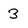
Character: 3